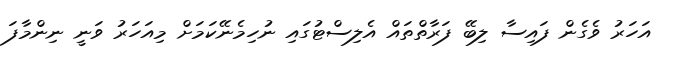
އަހަރު ވެގެން ފައިސާ ލިބޭ ފަރާތްތައް އެލިސްޓުގައި ނުހިމެނޭކަމަށް މިއަހަރު ވަނީ ނިންމާފަ